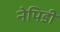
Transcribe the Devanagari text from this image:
नेपिडी